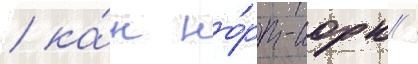
/ ка́к но́рт-иорк /